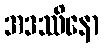
အဒဿိနော